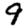
Digit: 9